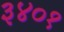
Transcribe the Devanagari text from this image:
३४०१